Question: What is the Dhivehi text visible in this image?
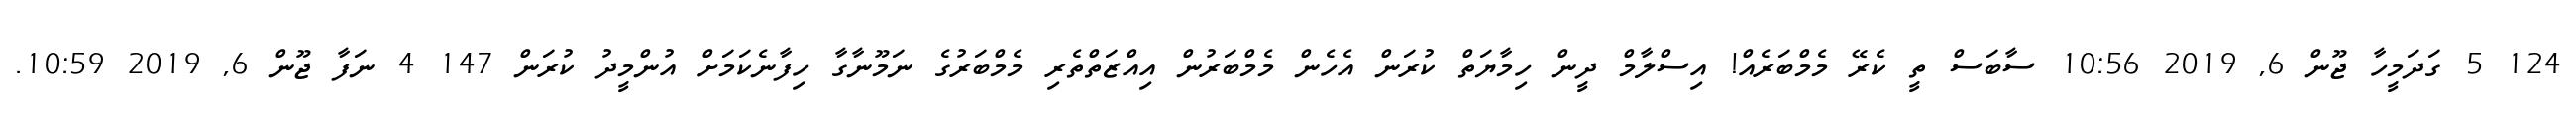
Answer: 124 5 ގަދަމީހާ ޖޫން 6, 2019 10:56 ސާބަސް ތީ ކެރޭ މެމްބަރެއް! އިސްލާމް ދީން ހިމާޔަތް ކުރަން އެހެން މެމްބަރުން އިއްޒަތްތެރި މެމްބަރުގެ ނަމޫނާގާ ހިފާނެކަމަށް އުންމީދު ކުރަން 147 4 ނަފާ ޖޫން 6, 2019 10:59.